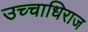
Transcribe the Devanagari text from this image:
उच्चाधिराज